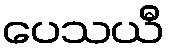
ပေသယီ